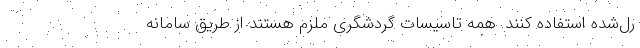
رل‌شده استفاده کنند. همه تاسیسات گردشگری ملزم هستند از طریق سامانه